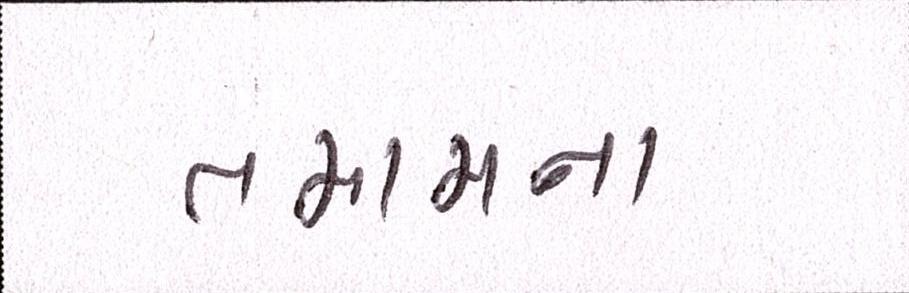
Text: તમામના